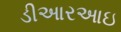
ડીઆરઆઇ